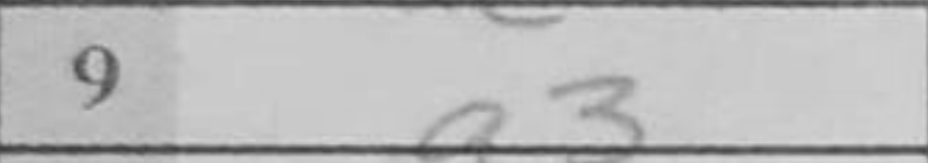
Transcription: a3